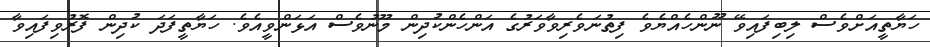
ހަޔާތީއަށްވެސް ލިބިފައިވޭ ނޫންހެއްޔެވެ ފިތުނަވެރިވާވަރުގެ އަންހެންކުދިން މޫނުވެސް އަޅަންވީއެވެ. ހަޔާތީފަދަ ކުދިން ފޮރުވިފައިވާ